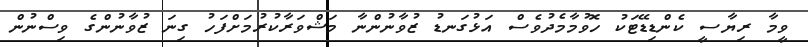
ވީމާ ރިޔާސީ ކެންޑިޑޭޓަކު ހޮވުމާމެދުވެސް އަޅުގަނޑު ޒުވާނުންނާ މަޝްވަރާކުރުމަށްފަހު ގިނަ ޒުވާނުންގެ ވިސްނުން